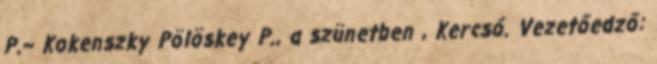
P.– Kokenszky Pölöskey P., a szünetben , Kercsó. Vezetőedző: